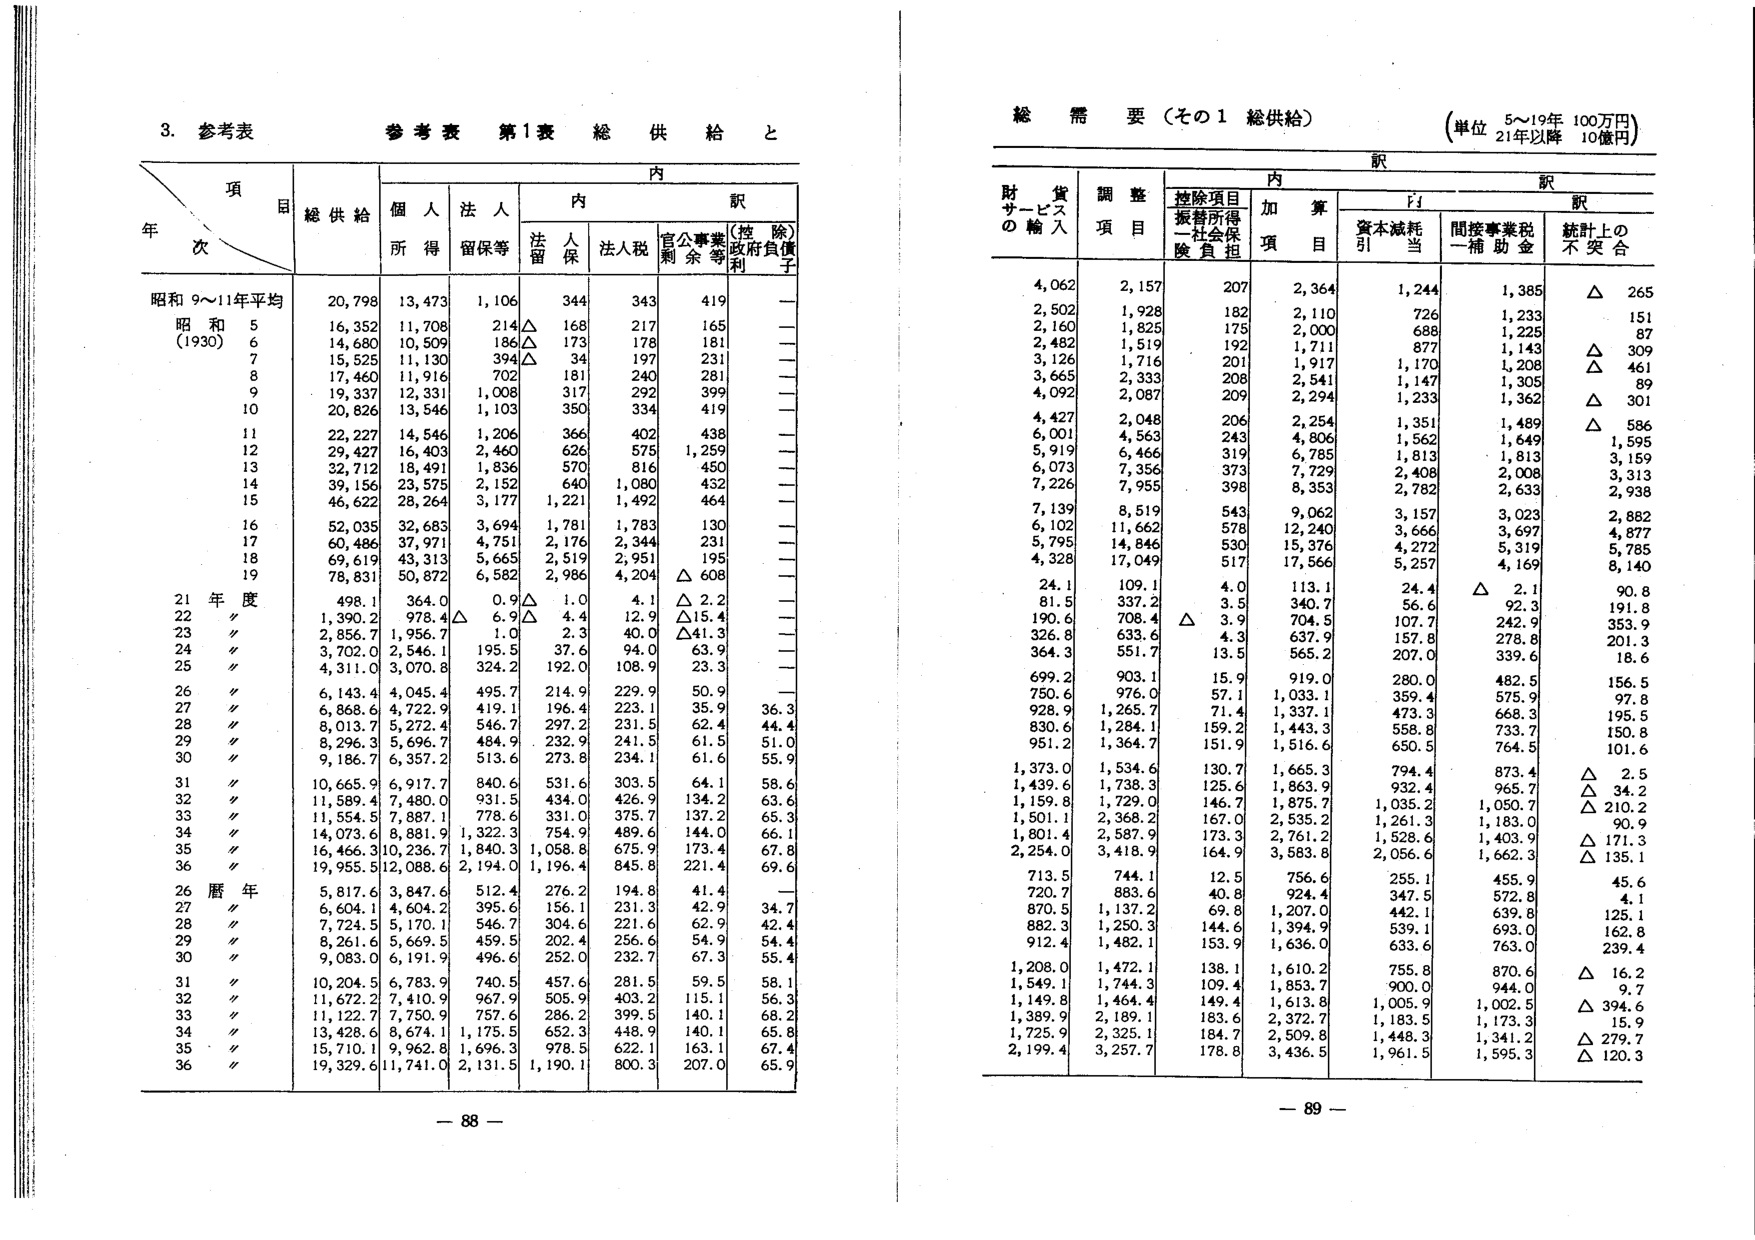
3. 参考表

参考表 第1表 総供給と

項
目
年次
総供給
内
訳
個人
法人
内
訳
所得
留保等
法人税
官公事業
剰余等
(控除)
政府負債
子
昭和9～11年平均
20,798
13,473
1,106
344
343
419
—
昭和5
(1930)
16,352
11,708
214△
168
217
165
—
6
14,680
10,509
186△
173
178
181
—
7
15,525
11,130
394△
34
197
231
—
8
17,460
11,916
702
181
240
281
—
9
19,337
12,331
1,008
317
292
399
—
10
20,826
13,546
1,103
350
334
419
—
11
22,227
14,546
1,206
366
402
438
—
12
29,427
16,403
2,460
626
575
1,259
—
13
32,712
18,491
1,836
570
816
450
—
14
39,156
23,575
2,152
640
1,080
432
—
15
46,622
28,264
3,177
1,221
1,492
464
—
16
52,035
32,683
3,694
1,781
1,783
130
—
17
60,486
37,971
4,751
2,176
2,344
231
—
18
69,619
43,313
5,663
2,519
2,951
195
—
19
78,831
50,872
6,582
2,986
4,204
△608
—
21年度
498.1
364.0
0.9△
1.0
4.1
△2.2
—
22〃
1,390.2
978.4△
6.9△
4.4
12.9
△15.4
—
23〃
2,856.7
1,956.7
1.0
2.3
40.0
△41.3
—
24〃
3,702.0
2,546.1
195.5
37.6
94.0
63.9
—
25〃
4,311.0
3,070.8
324.2
192.0
108.9
23.3
—
26〃
6,143.4
4,045.4
495.7
214.9
229.9
50.9
—
27〃
6,868.6
4,722.9
419.1
196.4
223.1
35.9
36.3
28〃
8,013.7
5,272.4
546.7
297.2
231.5
62.4
44.4
29〃
8,296.3
5,696.7
484.9
232.9
241.5
61.5
51.0
30〃
9,186.7
6,357.2
513.6
273.8
234.1
61.6
55.9
31〃
10,665.9
6,917.7
840.6
531.6
303.5
64.1
58.6
32〃
11,589.4
7,480.0
931.5
434.0
426.9
134.2
63.6
33〃
11,554.5
7,887.1
778.6
331.0
375.7
137.2
65.3
34〃
14,073.6
8,881.9
1,322.3
754.9
489.6
144.0
66.1
35〃
16,466.3
10,236.7
1,840.3
1,058.8
675.9
173.4
67.8
36〃
19,955.5
12,088.6
2,194.0
1,196.4
845.8
221.4
69.6
26暦年
5,817.6
3,847.6
512.4
276.2
194.8
41.4
—
27〃
6,604.1
4,604.2
395.6
156.1
231.3
42.9
34.7
28〃
7,724.5
5,170.1
546.7
304.6
221.6
62.9
42.4
29〃
8,261.6
5,669.5
459.5
202.4
256.6
54.9
54.4
30〃
9,083.0
6,191.9
496.6
252.0
232.7
67.3
55.4
31〃
10,204.5
6,783.9
740.5
457.6
281.5
59.5
58.1
32〃
11,672.2
7,410.9
967.9
505.9
403.2
115.1
56.3
33〃
11,122.7
7,750.9
757.6
286.2
399.5
140.1
68.2
34〃
13,428.6
8,674.1
1,175.5
652.3
448.9
140.1
65.8
35〃
15,710.1
9,962.8
1,696.3
978.5
622.1
163.1
67.4
36〃
19,329.6
11,741.0
2,131.5
1,190.1
800.3
207.0
65.9

— 88 —

総需要（その1 総供給）
（単位 5～19年 100万円）
21年以降 10億円

財貨サービスの輸入
調整項目
内訳
控除項目
加算項目
内訳
振替所得
－社会保険負担
資本減耗引当
間接事業税
－補助金
統計上の不突合
4,062
2,157
207
2,364
1,244
1,385
△
265
2,502
1,928
182
2,110
726
1,233
151
2,160
1,825
175
2,000
688
1,225
87
2,482
1,519
192
1,711
877
1,143
△
309
3,126
1,716
201
1,917
1,170
1,208
△
461
3,665
2,333
208
2,541
1,147
1,305
89
4,092
2,087
209
2,294
1,233
1,362
△
301
4,427
2,048
206
2,254
1,351
1,489
△
586
6,001
4,563
243
4,806
1,562
1,649
1,595
5,919
6,466
319
6,785
1,813
1,813
3,159
6,073
7,356
373
7,729
2,408
2,008
3,313
7,226
7,955
398
8,353
2,782
2,633
2,938
7,139
8,519
543
9,062
3,157
3,023
2,882
6,102
11,662
578
12,240
3,666
3,697
4,877
5,795
14,846
530
15,376
4,272
5,319
5,785
4,328
17,049
517
17,566
5,257
4,169
8,140
24.1
109.1
4.0
113.1
24.4
△
2.1
90.8
81.5
337.2
3.5
340.7
56.6
92.3
191.8
190.6
708.4
△
3.9
704.5
107.7
242.9
353.9
326.8
633.6
4.3
637.9
157.8
278.8
201.3
364.3
551.7
13.5
565.2
207.0
339.6
18.6
699.2
903.1
15.9
919.0
280.0
482.5
156.5
750.6
976.0
57.1
1,033.1
359.4
575.9
97.8
928.9
1,265.7
71.4
1,337.1
473.3
668.3
195.5
830.6
1,284.1
159.2
1,443.3
558.8
733.7
150.8
951.2
1,364.7
151.9
1,516.6
650.5
764.5
101.6
1,373.0
1,534.6
130.7
1,665.3
794.4
873.4
△
2.5
1,439.6
1,738.3
125.6
1,863.9
932.4
965.7
△
34.2
1,159.8
1,729.0
146.7
1,875.7
1,035.2
1,050.7
△
210.2
1,501.1
2,368.2
167.0
2,535.2
1,261.3
1,183.0
90.9
1,801.4
2,587.9
173.3
2,761.2
1,528.6
1,403.9
△
171.3
2,254.0
3,418.9
164.9
3,583.8
2,056.6
1,662.3
△
135.1
713.5
744.1
12.5
756.6
255.1
455.9
45.6
720.7
883.6
40.8
924.4
347.5
572.8
4.1
870.5
1,137.2
69.8
1,207.0
442.1
639.8
125.1
882.3
1,250.3
144.6
1,394.9
539.1
693.0
162.8
912.4
1,482.1
153.9
1,636.0
633.6
763.0
239.4
1,208.0
1,472.1
138.1
1,610.2
755.8
870.6
△
16.2
1,549.1
1,744.3
109.4
1,853.7
900.0
944.0
9.7
1,149.8
1,464.4
149.4
1,613.8
1,005.9
1,002.5
△
394.6
1,389.9
2,189.1
183.6
2,372.7
1,183.5
1,173.3
15.9
1,725.9
2,325.1
184.7
2,509.8
1,448.3
1,341.2
△
279.7
2,199.4
3,257.7
178.8
3,436.5
1,961.5
1,595.3
△
120.3

— 89 —